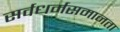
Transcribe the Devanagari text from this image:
सर्वधर्मसमानता